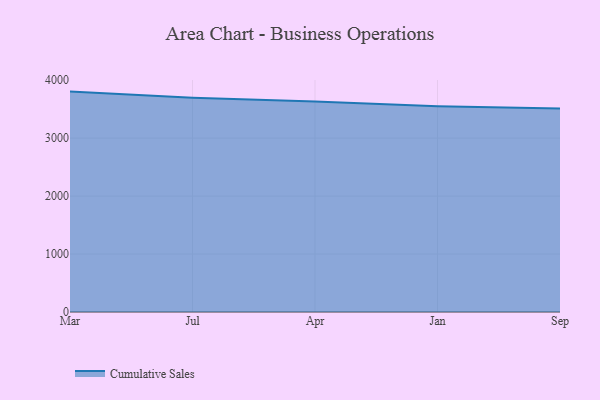
{"axis": {"x": "Month", "y": "Humidity (%)"}, "legend": ["Cumulative Sales"], "data": [{"x": "Mar", "y": 3802.9, "type": "Cumulative Sales"}, {"x": "Jul", "y": 3697.7, "type": "Cumulative Sales"}, {"x": "Apr", "y": 3630.3, "type": "Cumulative Sales"}, {"x": "Jan", "y": 3550.5, "type": "Cumulative Sales"}, {"x": "Sep", "y": 3509.4, "type": "Cumulative Sales"}]}